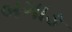
બગાઙ